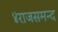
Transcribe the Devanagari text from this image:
४राजसमन्द